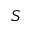
S